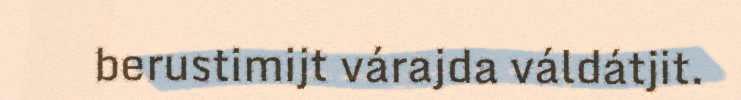
berustimijt várajda váldátjit.